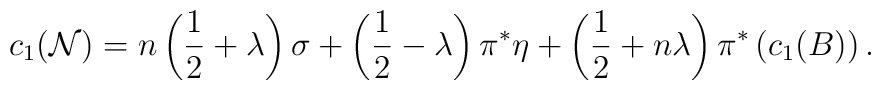
c_1({\cal N}) = n\left({1\over 2} + \lambda\right)\sigma +\left({1\over 2} - \lambda\right)\pi^*\eta +\left({1\over 2} + n\lambda\right)\pi^*\left(c_1(B)\right).